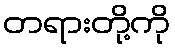
တရားတို့ကို